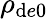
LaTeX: \rho_{\mathrm{d}e0}